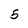
Character: 5